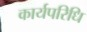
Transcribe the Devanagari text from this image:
कार्यपरिधि